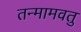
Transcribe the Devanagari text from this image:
तन्मामवतु